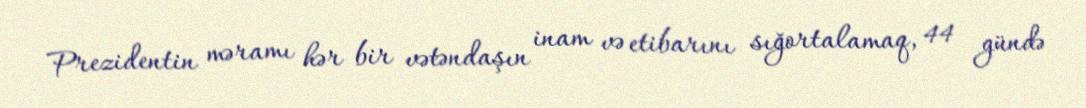
Prezidentin məramı hər bir vətəndaşın inam və etibarını sığortalamaq, 44 gündə